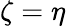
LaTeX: \zeta=\eta